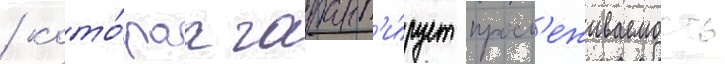
/ кото́раа гарант'и́рует просл'еживаемость